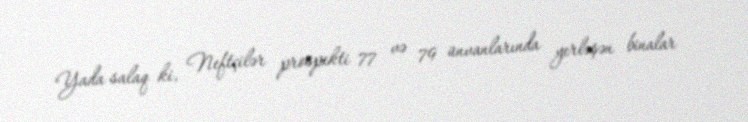
Yada salaq ki, Neftçilər prospekti 77 və 79 ünvanlarında yerləşən binalar